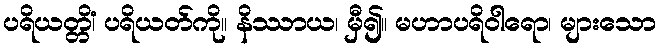
ပရိယတ္တိံ၊ ပရိယတ်ကို။ နိဿာယ၊ မှီ၍။ မဟာပရိဝါရော၊ များသော